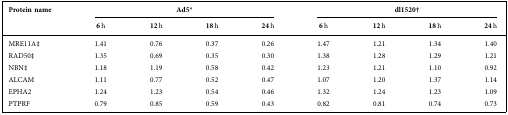
<table><thead><tr><td rowspan="2"><b>Protein name</b></td><td colspan="4"><b>Ad5*</b></td><td colspan="4"><b>dl1520†</b></td></tr><tr><td><b>6 h</b></td><td><b>12 h</b></td><td><b>18 h</b></td><td><b>24 h</b></td><td><b>6 h</b></td><td><b>12 h</b></td><td><b>18 h</b></td><td><b>24 h</b></td></tr></thead><tbody><tr><td>MRE11A‡</td><td>1.41</td><td>0.76</td><td>0.37</td><td>0.26</td><td>1.47</td><td>1.21</td><td>1.34</td><td>1.40</td></tr><tr><td>RAD50‡</td><td>1.35</td><td>0.69</td><td>0.35</td><td>0.30</td><td>1.38</td><td>1.28</td><td>1.29</td><td>1.21</td></tr><tr><td>NBN‡</td><td>1.18</td><td>1.19</td><td>0.58</td><td>0.42</td><td>1.23</td><td>1.21</td><td>1.10</td><td>0.92</td></tr><tr><td>ALCAM</td><td>1.11</td><td>0.77</td><td>0.52</td><td>0.47</td><td>1.07</td><td>1.20</td><td>1.37</td><td>1.14</td></tr><tr><td>EPHA2</td><td>1.24</td><td>1.23</td><td>0.54</td><td>0.46</td><td>1.32</td><td>1.24</td><td>1.23</td><td>1.09</td></tr><tr><td>PTPRF</td><td>0.79</td><td>0.85</td><td>0.59</td><td>0.43</td><td>0.82</td><td>0.81</td><td>0.74</td><td>0.73</td></tr></tbody></table>